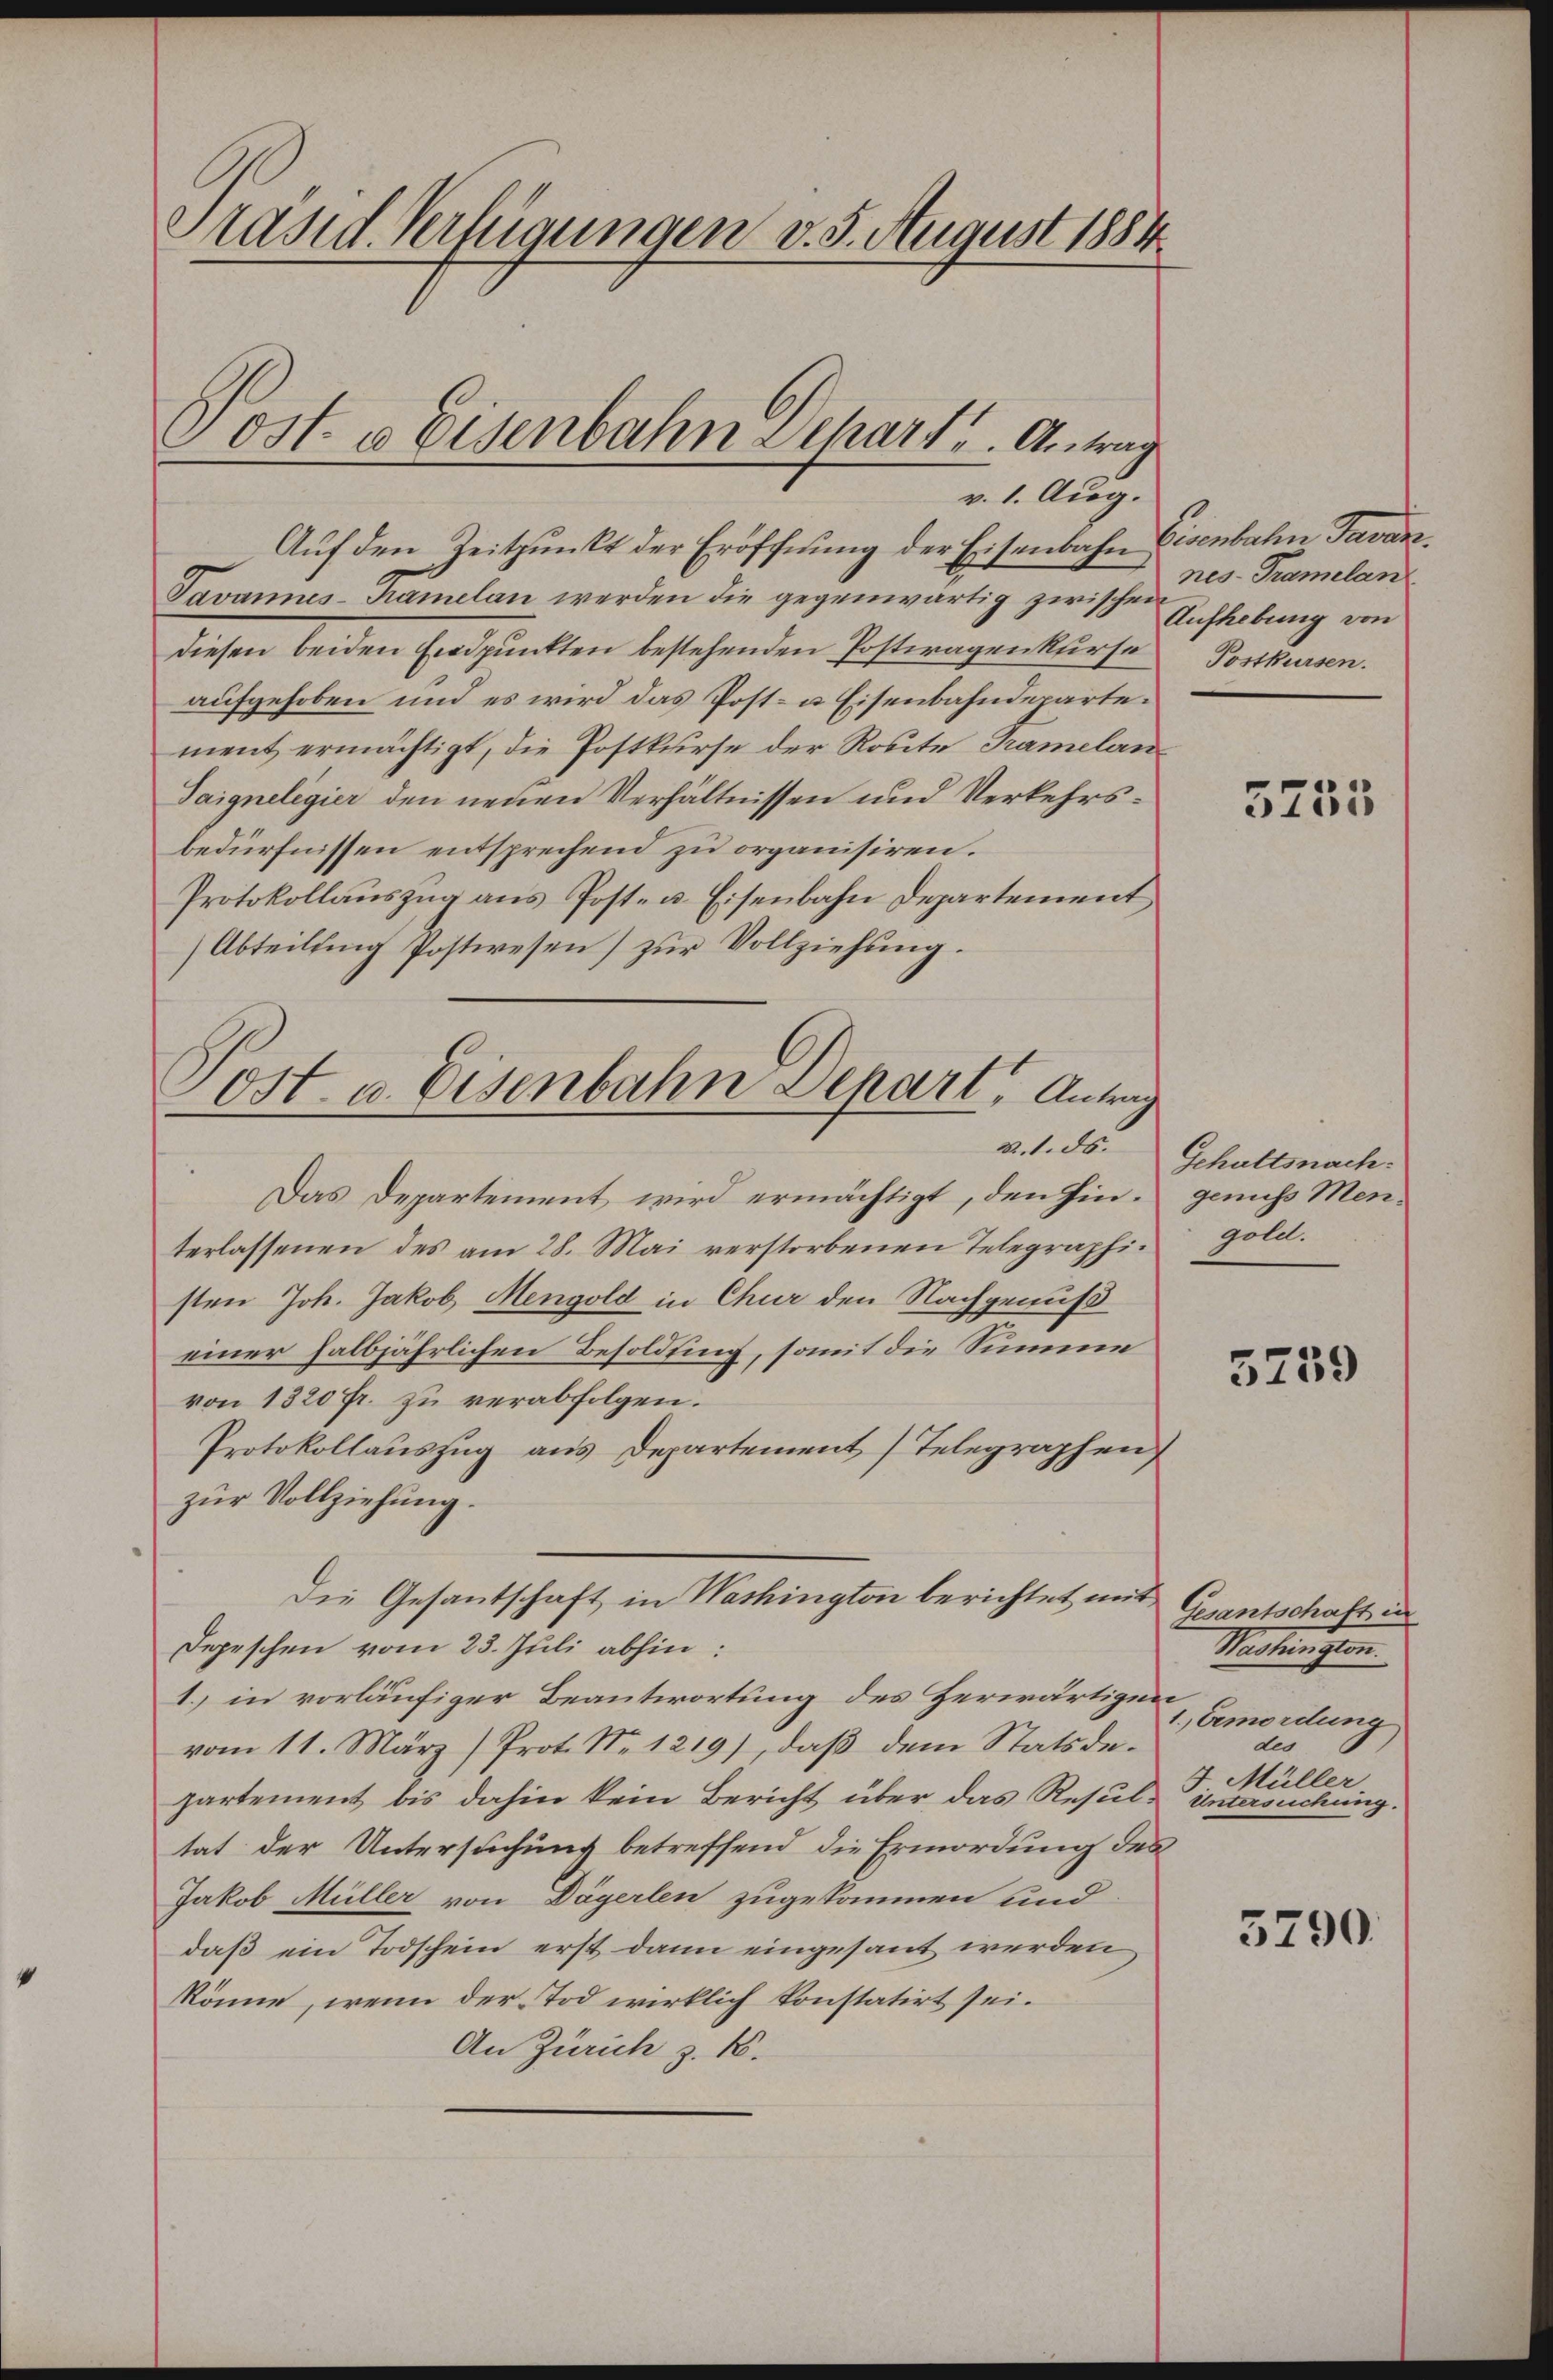
Präsid. Verfügungen v. 3. August 1884
Post. a Eisenbahn Schart u. Antrag

Auf den Zeitpunkt der Eröffnung der Eisenbahn Eisenbahn Tavan
Javannes-Kamelan werden die gegenwärtig zwische Aufhebung von
diesen beiden Endpunkten bestehenden Postwagenkurse
aufgehoben und es wird das Post- u Eisenbahndepartement ermächtigt, die Postkurse der Route Tramelan
Saigneligier den neuen Verhältnissen und Verkehrsbedürfnissen entsprechend zu organisiren.
Protokollauszug aus Post- u. Eisenbahn Departement
Abteilung Postwesen) zur Vollziehung.

v. 1. Aug.

Das Departement wird ermächtigt, den hin- genuss Menterlassenen des am 28. Mai verstorbenen Telegraphi-
sten Joh. Jakob Mengold in Chur den Nachgenuß
einer halbjährlichen Besoldung, somit die Summe
von 1320 fr. zu verabfolgen.
Protokollauszug aus Departement (Telegraphen
zur Vollziehung.
Depeschen vom 23. Juli abhin:
1.) in vorläufiger Beantwortung des Herwärtigen
vom 11. März (Prot. No. 1219), daβ dem Statsdepartement bis dahin kein Bericht über das Resultat der Untersuchung betreffend die Ermordung des
Jakob Müller von Dägerlen zugekommen und
daß ein Todschein erst dann eingesant werden
könne, wenn der Tod wirklich konstatirt sei.
An Zürich z. B.

Post- u. Eisenbahn Depart, Antrag
B. 1. ds.

Die Gesantschaft in Washington berichtet mit Gesantschaft in

nes- Tramelan
Postkursen.

e
5455

Schuttsnach.
gold.

5259

Washington.
1., Ermordung
des
4 Müller
Untersuchung.

3790.